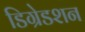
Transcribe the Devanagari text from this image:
डिग्रेडशन